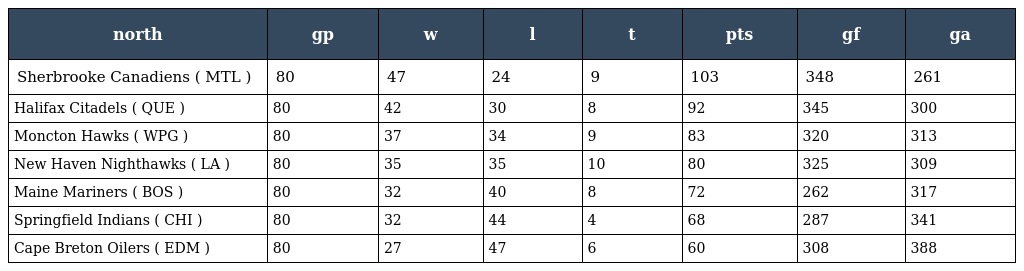
| north | gp | w | l | t | pts | gf | ga |
 | --- | --- | --- | --- | --- | --- | --- | --- |
 | Sherbrooke Canadiens ( MTL ) | 80 | 47 | 24 | 9 | 103 | 348 | 261 |
 | Halifax Citadels ( QUE ) | 80 | 42 | 30 | 8 | 92 | 345 | 300 |
 | Moncton Hawks ( WPG ) | 80 | 37 | 34 | 9 | 83 | 320 | 313 |
 | New Haven Nighthawks ( LA ) | 80 | 35 | 35 | 10 | 80 | 325 | 309 |
 | Maine Mariners ( BOS ) | 80 | 32 | 40 | 8 | 72 | 262 | 317 |
 | Springfield Indians ( CHI ) | 80 | 32 | 44 | 4 | 68 | 287 | 341 |
 | Cape Breton Oilers ( EDM ) | 80 | 27 | 47 | 6 | 60 | 308 | 388 |